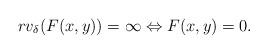
LaTeX: \begin{align*}rv_{\delta}(F(x,y))=\infty\Leftrightarrow F(x,y)=0.\end{align*}